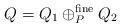
LaTeX: \begin{align*}Q=Q_1\oplus^{\mathrm{fine}}_P Q_2\end{align*}